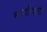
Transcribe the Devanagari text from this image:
भागीधारी